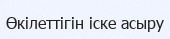
Өкілеттігін іске асыру